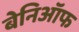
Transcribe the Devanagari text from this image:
बेनिऑफ